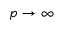
p \to \infty